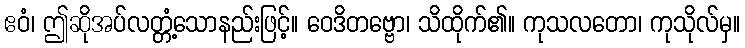
ဧဝံ၊ ဤဆိုအပ်လတ္တံ့သောနည်းဖြင့်။ ဝေဒိတဗ္ဗော၊ သိထိုက်၏။ ကုသလတော၊ ကုသိုလ်မှ။